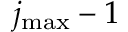
j _ { \mathrm { m a x } } - 1